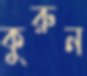
কুরুন